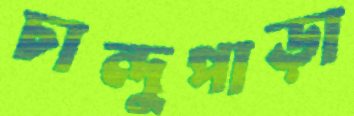
চান্দুপাড়া